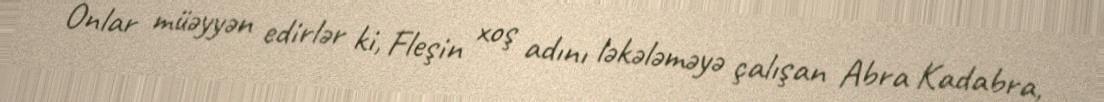
Onlar müəyyən edirlər ki, Fleşin xoş adını ləkələməyə çalışan Abra Kadabra,